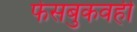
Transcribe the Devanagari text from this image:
फेसबुकवही